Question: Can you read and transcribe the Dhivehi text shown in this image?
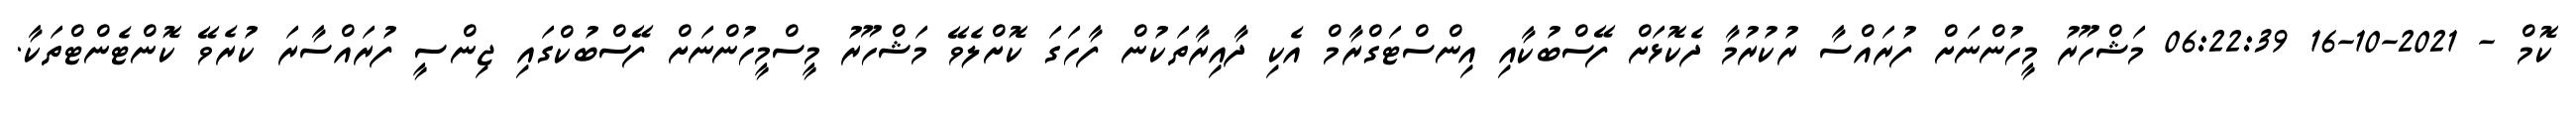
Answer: ކޮމް - 2021-10-16 06:22:39 މަޝްހޫރު މީހުންނަށް ފުރައްސާ ރުކުރުމާ ދެކޮޅަށް ފޭސްބުކާއި އިންސްޓަގްރާމް އެކި ދާއިރާތަކުން ފާހަގަ ކޮށްލެވޭ މަޝްހޫރު މީސްމީހުންނަށް ފޭސްބުކްގައި ޖިންސީ ފުރައްސާރަ ކުރެވޭ ކޮންޓެންޓްތަކާ.